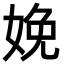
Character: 娩